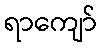
ရာကျော်